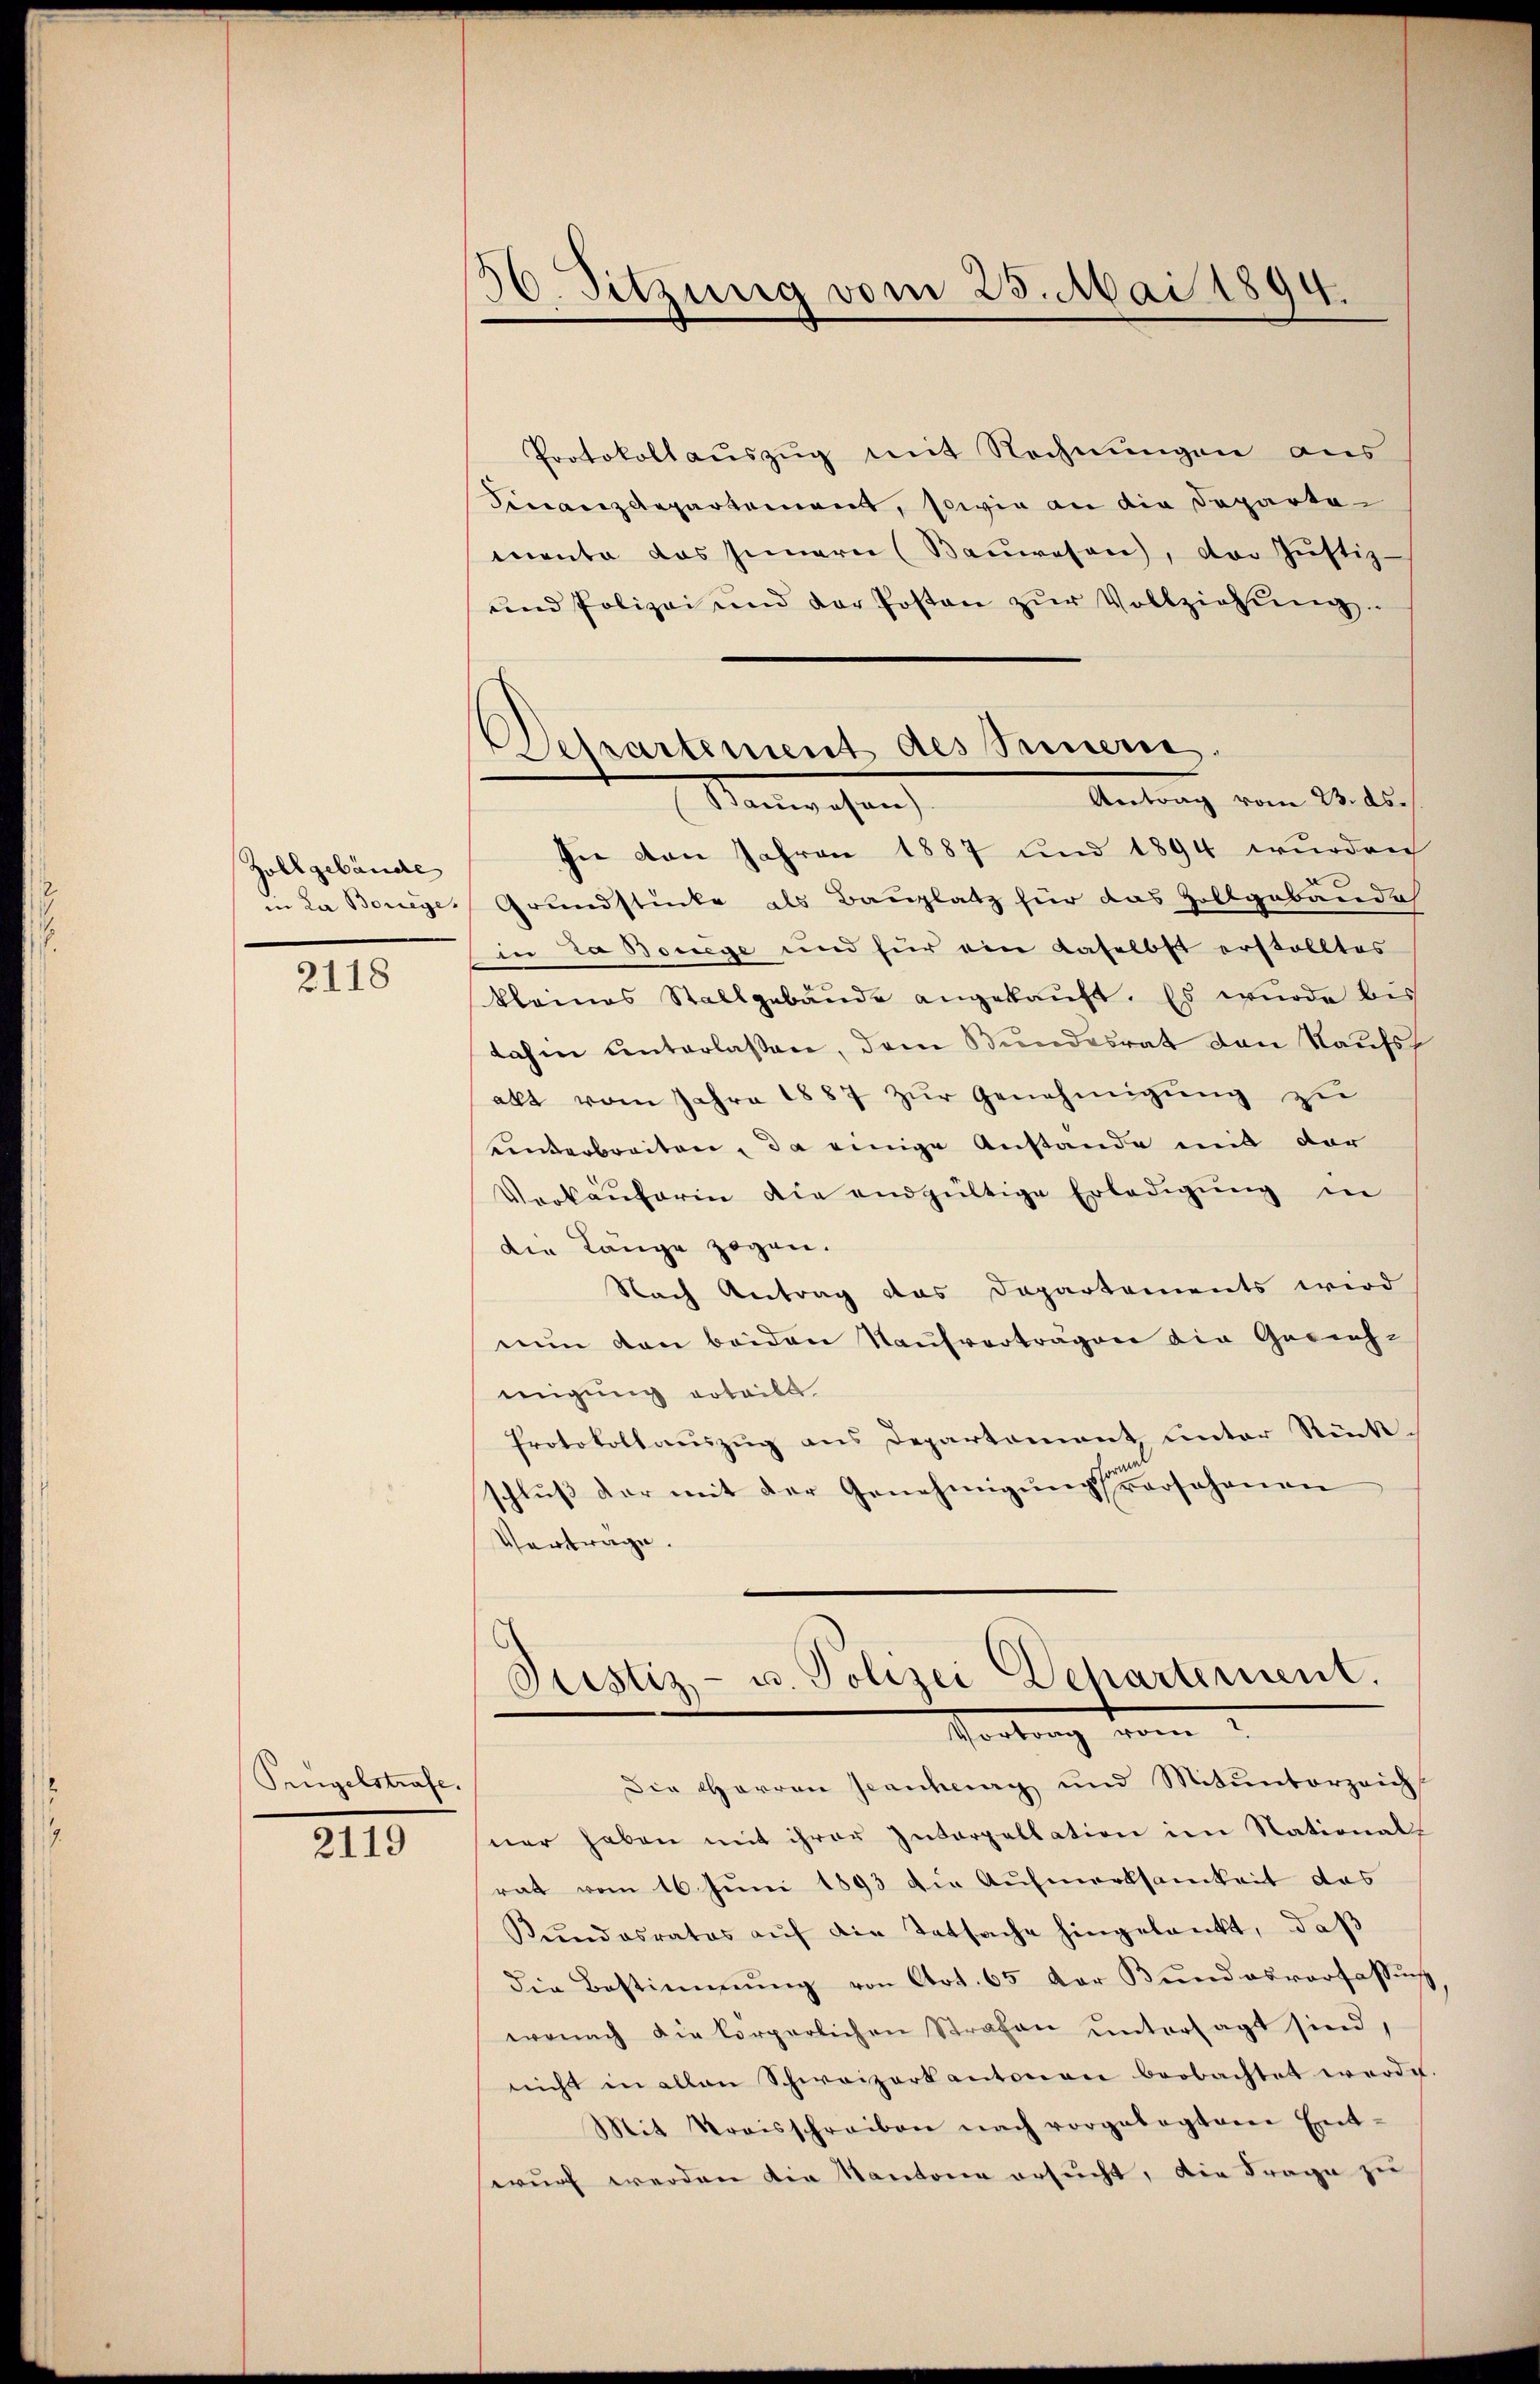
Zollgebäude
in La Boueges

2118

Prügelstrafe.

2119

36. Sitzung vom 25. Mai 1894.

Protokollauszug mit Rechnungen aus
Finanzdepartement, sowie an die Departamenta das Innern (Baŭwesen), der Justiz-
und Polizei und der Posten zŭr Vollziehŭng.
Antrag vom 23. ds.
In von Jahren 1887 und 1894 wurden
Grundstücke als Bauplatz für das Zollgebäude
in za Bonege und für ein Kaselbst erstelltes
klamas Stallgebäude angekauft. Es wurde bis
dahm unterlassen, dem Bundesrat den Kaufs
allt vom Jahre 1887 zŭr Genehmigung zu
einterbreiten, da einige Anstande mit der
Verkäuferin die endgültige Erledigung in
die Länge zogen.
Nach Antrag das Departements wird
nun den beiden Naufverträgen die Gerichmigung erteilt
Protokollauszug aus Departement, unter Rückschluß der mit der Genehmigung Johanen
Vertrage.
Justiz- u. Polizei Dehartement.
Portung vom 2.
Die Herren Jeantrag und Mitunterzeich
ner haben mit ihrer Interpellation im National-
rat vom 16. Juni 1893 die Aufmerksamkeit das
Kŭndesrates aŭf die Tatsache hingelangt, daβ
Die Bestimmung von Art. 65 der Bundesverfassung
wonach die körperlichen Strafen untersagt sind,
nicht in allen Schweizerkantonen beobachtet werde.
Mit Kreisschreiben nach vorgelegten Ent-
wurf werden die Kantone ersucht, die Frage zu

Departement des Innern
Manchen